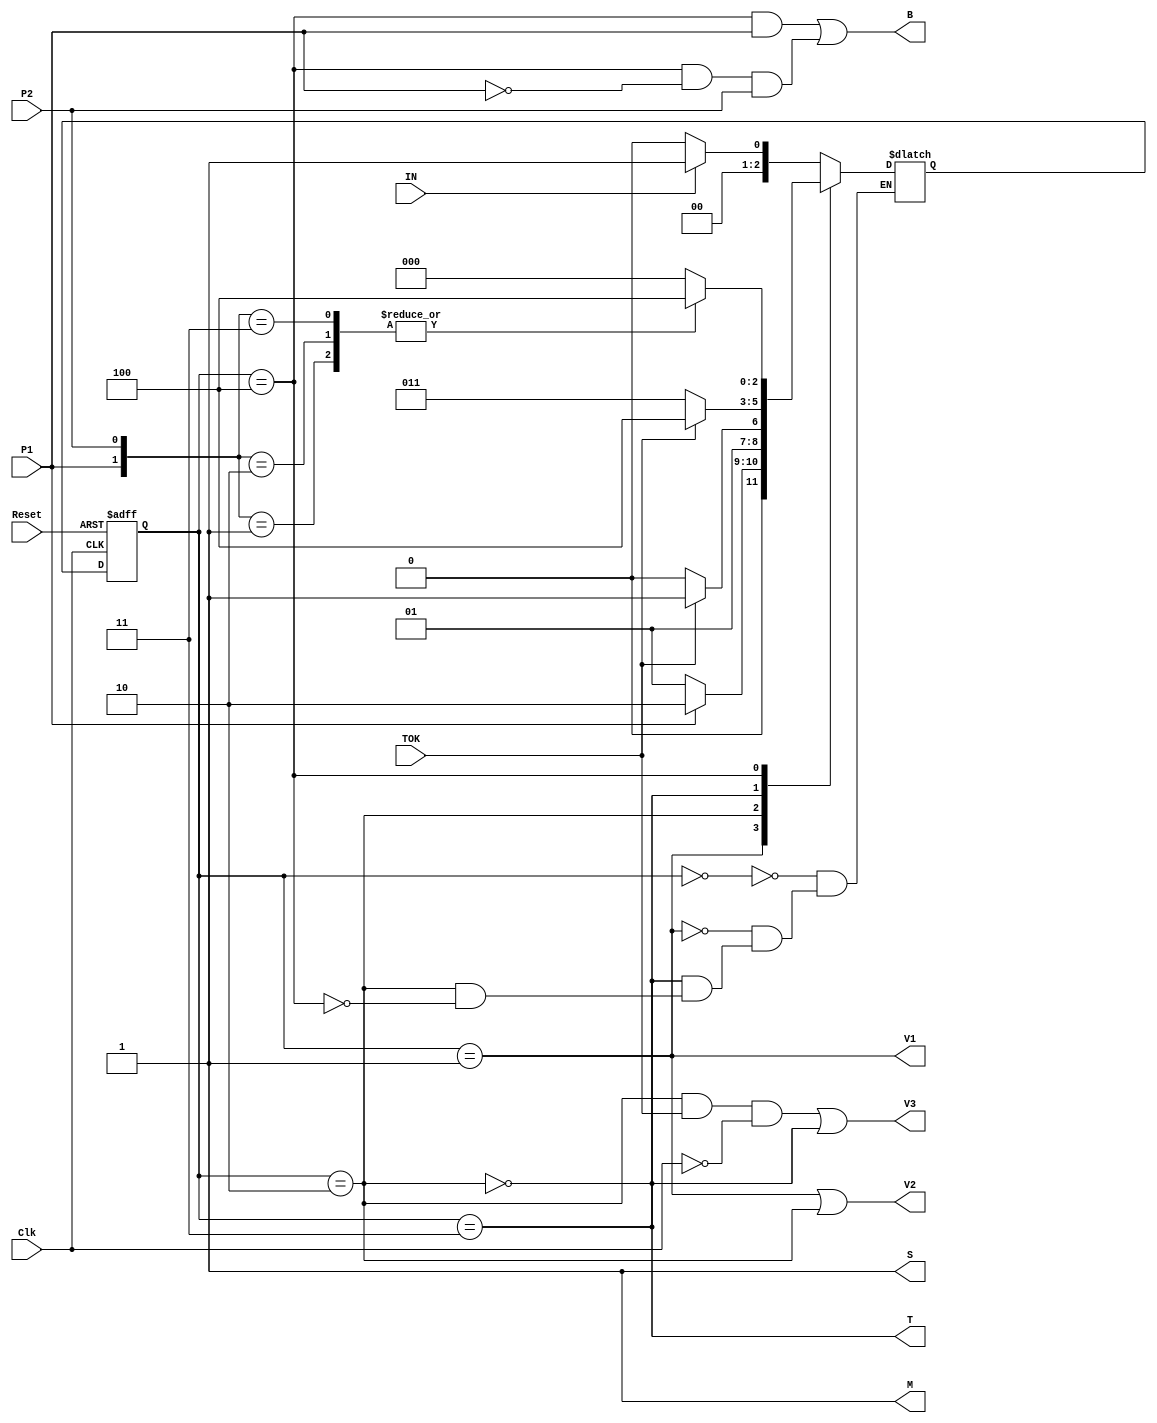
/* 
 * Autor: Sergio Garino Vargas
 * Carn: B73157
 * Fecha de entrega: 9/12/2022
 */

module Mezcladora (
    input Clk, Reset,
    input IN, TOK, P1, P2,
    output V1, V2, V3, M, T, S, B);

/*
 * Defino dos vectores, uno de estado presente y otro para el prximo estado
 * los cuales son de tamao tres por que el diseo de la ASM se tiene 5 
 * estados posibles que son requesentables con 3 bits.
 */
reg [2:0] EstPres, ProxEst;     

/*
 * Hago la asignacin de estados
 */
parameter a = 3'b000;
parameter b = 3'b001;
parameter c = 3'b010;
parameter d = 3'b011;
parameter e = 3'b100;

/*
 * Memoria de estados
 */
always @(posedge Clk, posedge Reset) 
    if (Reset) EstPres <= a;
    else       EstPres <= ProxEst;

/*
* Lgica de clculo de prximo estado
*/
always @(*)
    case (EstPres)
        a:  if (IN) ProxEst = b;
            else    ProxEst = a;

        b:  if (P1) ProxEst = c;
            else    ProxEst = b;

        c:  if (TOK) ProxEst = d;
            else     ProxEst = c;

        d:  if (TOK) ProxEst = e;
            else     ProxEst = d;

        e:  case ({P1, P2})
                2'b00: ProxEst = a; // P1= 0, P2 = 0
                2'b01: ProxEst = e; // P1= 0, P2 = 1
                2'b10: ProxEst = e; // P1= 1, P2 = 0
                2'b11: ProxEst = e; // P1= 1, P2 = 1
            endcase
    endcase   

/*
 * Lgica de clculo de salidas
 */
assign V1 = (EstPres == b) ;
assign V2 = (EstPres == b) | (EstPres == c);
assign V3 = (EstPres == c & TOK & ~Clk) | (EstPres == d);
assign M = (EstPres == c) | (EstPres == d);
assign T = (EstPres == d);
assign T = ~(EstPres == c);
assign S = (EstPres == c) | (EstPres == d);
assign B = (EstPres == e & P1) | (EstPres == e & !P1 & P2);

endmodule